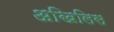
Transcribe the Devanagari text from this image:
अखिलिस